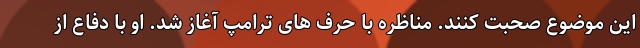
این موضوع صحبت کنند. مناظره با حرف های ترامپ آغاز شد. او با دفاع از